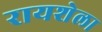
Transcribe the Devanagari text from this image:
रायशेला